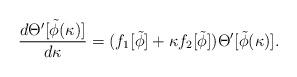
LaTeX: \begin{align*}{{d\Theta^\prime[\tilde\phi(\kappa)]}\over{d\kappa}}=(f_1[\tilde\phi]+\kappa f_2[\tilde\phi])\Theta^\prime[\tilde\phi(\kappa)].\end{align*}